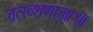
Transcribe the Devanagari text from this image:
तत्ख्शणात्॥९॥